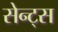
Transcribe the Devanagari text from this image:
सेन्ट्स